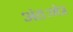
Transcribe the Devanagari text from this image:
अंतःनेत्र